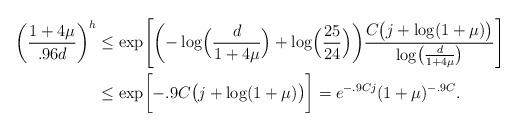
LaTeX: \begin{align*} \biggl(\frac{1+4\mu}{.96d}\biggr)^{h} &\leq \exp\Biggl[ \biggl(-\log\Bigl(\frac{d}{1+4\mu}\Bigr) + \log\Bigl(\frac{25}{24}\Bigr)\biggr) \frac{C\bigl(j + \log(1+\mu)\bigr)}{\log \bigl(\frac{d}{1+4\mu}\bigr)} \Biggr]\\ &\leq \exp\biggl[ -.9C\bigl(j + \log(1+\mu)\bigr)\biggr]=e^{-.9Cj}(1+\mu)^{-.9C}. \end{align*}